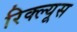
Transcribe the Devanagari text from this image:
रिक्ल्यूस